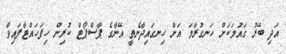
އަދި ބޭރު ގައުމަކަށް ހަނގުރާމަ އަށް ހިނގައިދާނެތީ އޭނާގެ ޕާސްޕޯޓް ކުރިން ހިފަހައްޓާފައިވާ